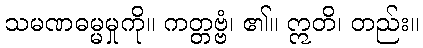
သမဏဓမ္မမှုကို။ ကတ္တဗ္ဗံ၊ ၏။ ဣတိ၊ တည်း။